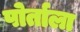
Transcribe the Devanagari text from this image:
पोर्ताला